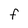
Character: F